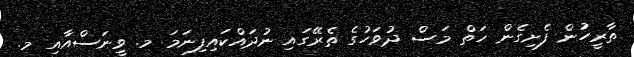
ތާރީހުން ފެށިގެން ހަތް މަސް ދުވަހުގެ ތެރޭގައި ނުދައްކައިފިނަމަ މ. ވީނަސްއާއި މ.